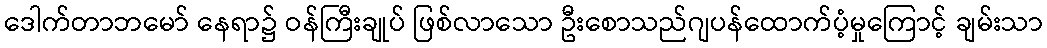
ဒေါက်တာဘမော် နေရာ၌ ဝန်ကြီးချုပ် ဖြစ်လာသော ဦးစောသည်ဂျပန်ထောက်ပံ့မှုကြောင့် ချမ်းသာ